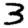
Digit: 3